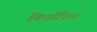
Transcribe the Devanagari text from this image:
निर्धारितां